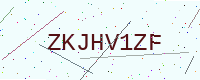
Text: ZKJHV1ZF